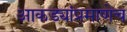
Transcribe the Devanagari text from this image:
आकड्यांप्रमाणेच